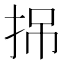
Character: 𢬢